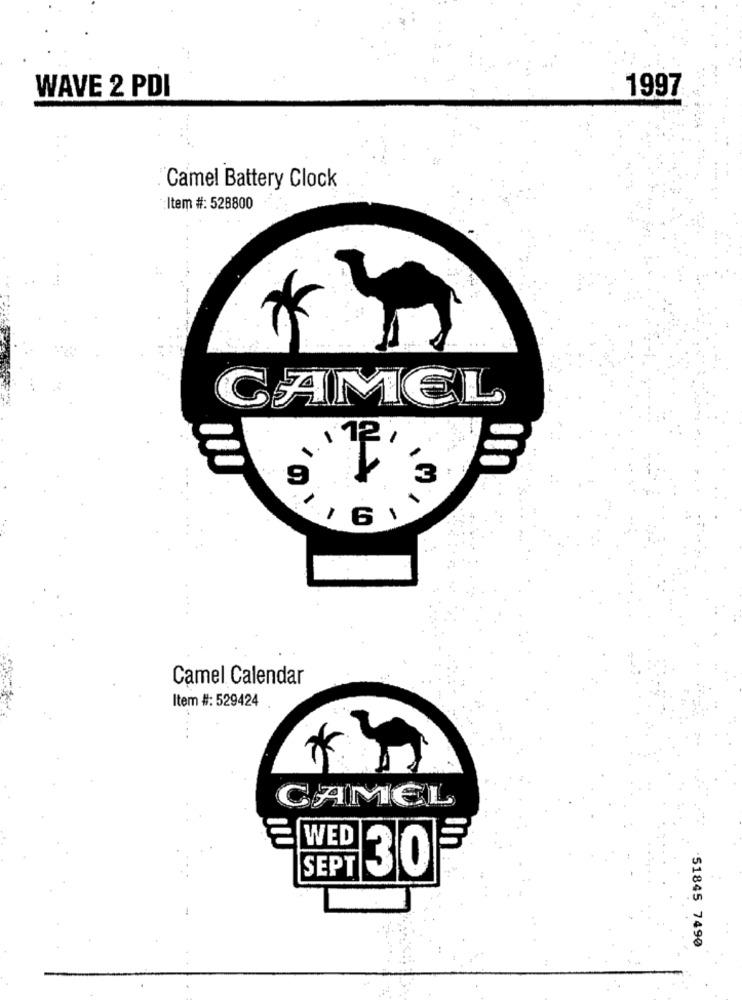
WAVE 2 PDI
1997
Camel Battery Clock
:Item #: 528800
CAMEL
, 72,
9
I
3
1
6.
Camel Calendar
Item #: 529424
CAMEL
WED
SEPT
30
51845 7490